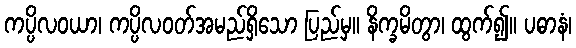
ကပ္ပိလဝယာ၊ ကပ္ပိလဝတ်အမည်ရှိသော ပြည်မှ။ နိက္ခမိတွာ၊ ထွက်၍။ ပဓာနံ၊